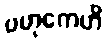
ဗဟုကေဟိ